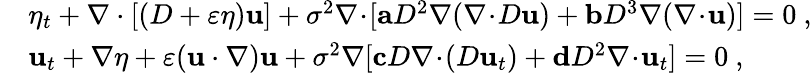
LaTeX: \begin{array}{rl}&{\eta_{t}+\nabla\cdot[(D+\varepsilon\eta)\mathbf{u}]+\sigma^{2}\nabla\! \cdot\! [\mathbf{a}D^{2}\nabla(\nabla\! \cdot\! D\mathbf{u})+\mathbf{b}D^{3}\nabla(\nabla\! \cdot\! \mathbf{u})]=0\ ,}\\ &{\mathbf{u}_{t}+\nabla\eta+\varepsilon(\mathbf{u}\cdot\nabla)\mathbf{u}+\sigma^{2}\nabla[\mathbf{c}D\nabla\! \cdot\! (D\mathbf{u}_{t})+\mathbf{d}D^{2}\nabla\! \cdot\! \mathbf{u}_{t}]=0\ ,}\end{array}